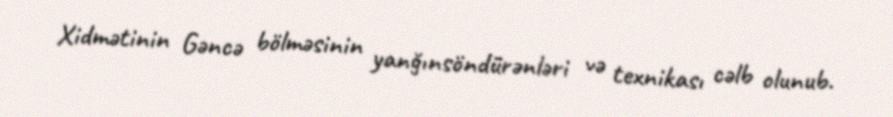
Xidmətinin Gəncə bölməsinin yanğınsöndürənləri və texnikası cəlb olunub.